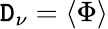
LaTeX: \mathtt{D}_{\nu}=\langle\Phi\rangle